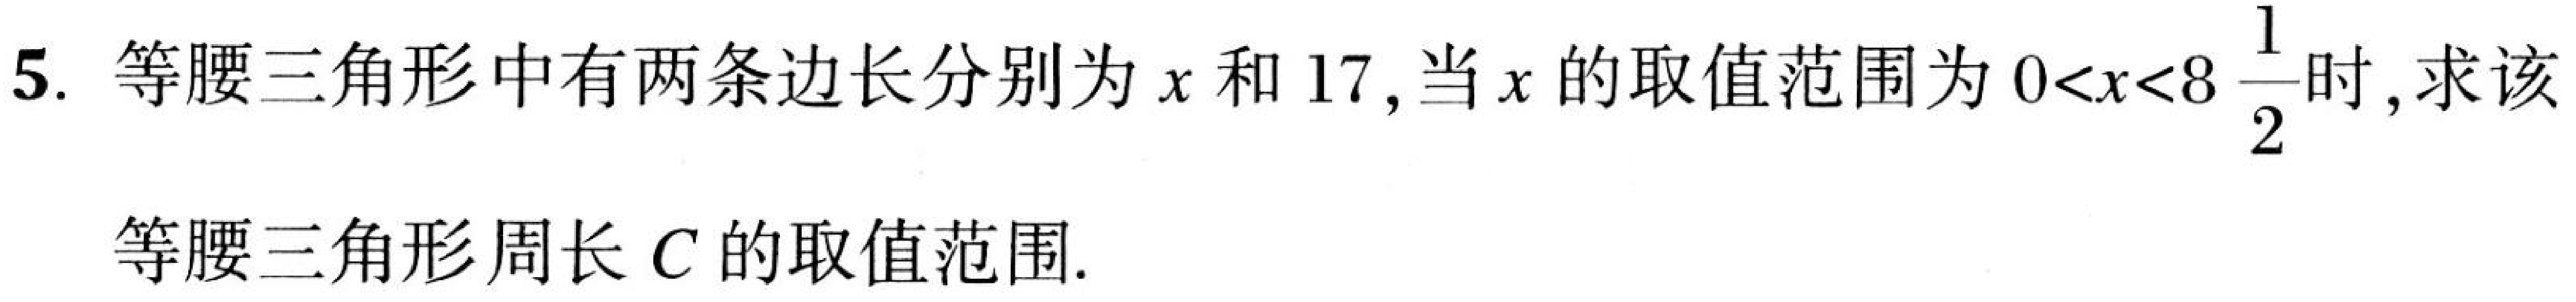
5. 等腰三角形中有两条边长分别为\(x\)和\(17\)，当\(x\)的取值范围为\(0<x<8\frac{1}{2}\)时，求该
等腰三角形周长\(C\)的取值范围.